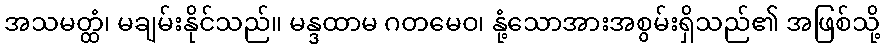
အသမတ္ထံ၊ မချမ်းနိုင်သည်။ မန္ဒထာမ ဂတမေဝ၊ နုံ့သောအားအစွမ်းရှိသည်၏ အဖြစ်သို့